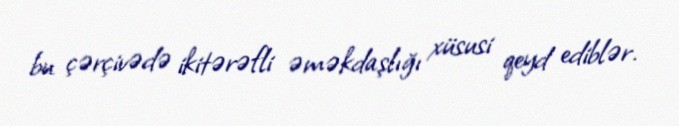
bu çərçivədə ikitərəfli əməkdaşlığı xüsusi qeyd ediblər.